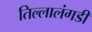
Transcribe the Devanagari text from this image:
तिल्लालंगडी